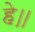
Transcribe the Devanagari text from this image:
हे॥